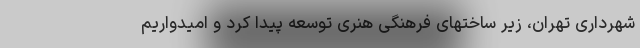
شهرداری تهران، زیر ساختهای فرهنگی هنری توسعه پیدا کرد و امیدواریم